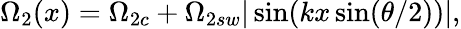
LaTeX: \Omega_{2}(x)=\Omega_{2c}+\Omega_{2sw}|\sin(kx\sin(\theta/2))|,